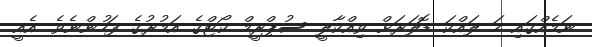
ނަމެއްގައި ހަ ލައްކަ ޑޮލަރަށް ވިއްކާލީ ސުޕްރީމް ކޯޓްގެ އަމުރުގެ ފަހުންނެވެ. އެއީ